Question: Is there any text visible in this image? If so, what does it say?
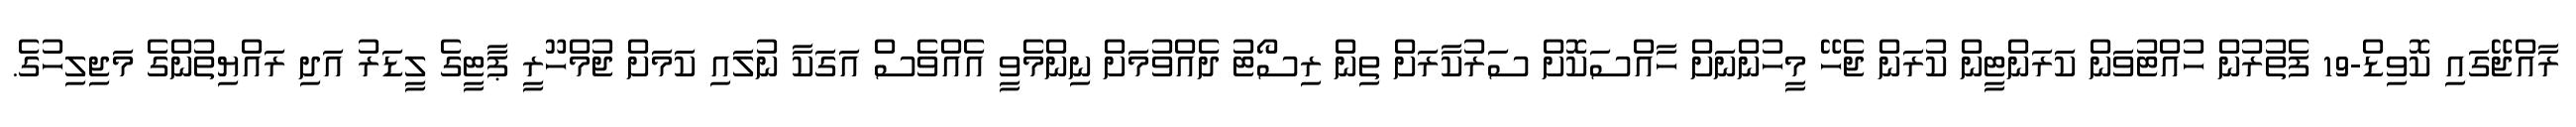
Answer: ރާއްޖޭގައި ކޮވިޑް-19 ފެތުރުން ހުއްޓުވަން ކަރަންޓީން ކުރަން ޖެހޭ މީހުންނަށް ހާއްސަކޮށް ސަރުކާރަށް ތިން ރިސޯޓު ދެއްވުމަށް ނިންމެވީ އެއްވެސް އަގަކާ ނުލައި ކަމަށް ޖުމްހޫރީ ޕާޓީގެ ލީޑަރު އަދި ރައްޔިތުންގެ މަޖިލިހުގެ.